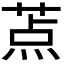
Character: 𬝐